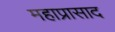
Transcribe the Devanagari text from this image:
महाप्रासाद